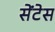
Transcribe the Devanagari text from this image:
सेंटेस